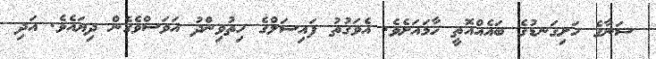
ސަނާގެ ހަށިގަނޑުގެ ބައެއްއޮތީ ހާމައަށެވެ. އެވަގުތު ފައިސަލްގެ ހިތުވިންދު އަވަސްވެގެން ދިޔައެވެ. އަދި